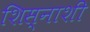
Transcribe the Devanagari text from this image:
शिस्नाशी